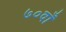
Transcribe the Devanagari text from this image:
७०वाँ